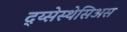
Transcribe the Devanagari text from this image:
द्य्सेस्थेसिअस